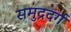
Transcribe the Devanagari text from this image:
समुद्रदर्ग